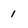
Character: 1